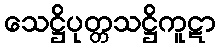
သေဋ္ဌိပုတ္တသဋ္ဌိကူဋာ